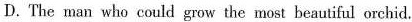
D. The man who could grow the most beautiful orchid.